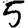
Digit: 5